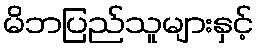
မိဘပြည်သူများနှင့်